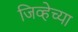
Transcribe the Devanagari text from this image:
जिव्हेच्या